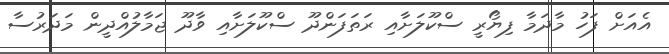
އެއަށް ފަހު މާދަމާ ފިޔޯރީ ސްކޫލަށާއި ރަތަފަންދޫ ސްކޫލަށާއި ވާދޫ ޖަމާލުއްދީން މަދަރުސާ